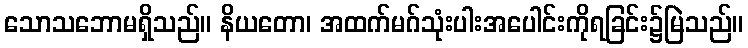
သောသဘောမရှိသည်။ နိယတော၊ အထက်မဂ်သုံးပါးအပေါင်းကိုရခြင်း၌မြဲသည်။